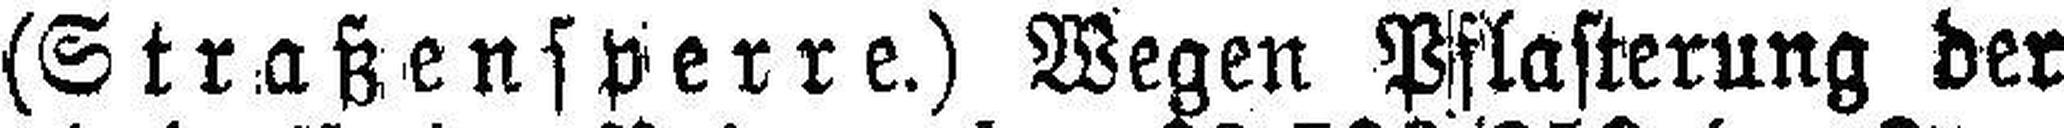
(Straßensperre.) Wegen Pflasterung der